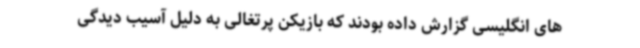
های انگلیسی گزارش داده بودند که بازیکن پرتغالی به دلیل آسیب دیدگی